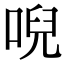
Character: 唲